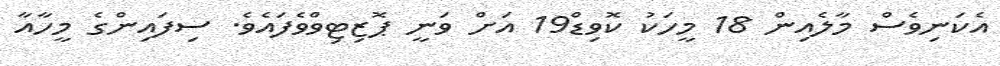
އެކަނިވެސް މާލެއިން 18 މީހަކު ކޮވިޑް19 އަށް ވަނީ ޕޮޒިޓިވްވެފައެވެ. ސިފައިންގެ މީހާއާ